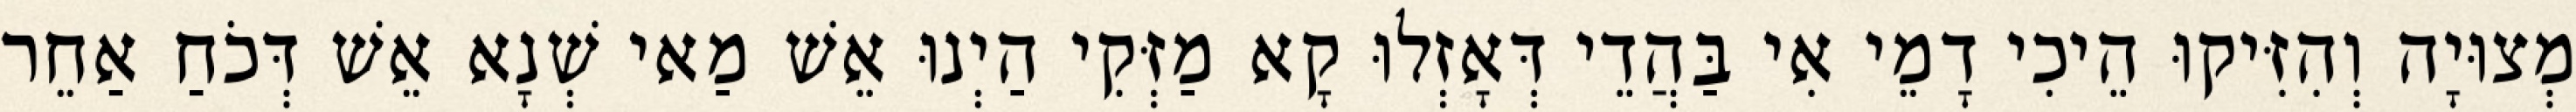
מְצוּיָה וְהִזִּיקוּ הֵיכִי דָמֵי אִי בַּהֲדֵי דְּאָזְלוּ קָא מַזְּקִי הַיְנוּ אֵשׁ מַאי שְׁנָא אֵשׁ דְּכֹחַ אַחֵר